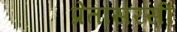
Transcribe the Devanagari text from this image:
प्रेतासरसी